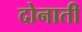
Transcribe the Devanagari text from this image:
दोनाती